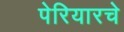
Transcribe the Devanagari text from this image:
पेरियारचे